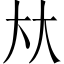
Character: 夶